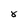
Character: 8